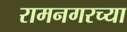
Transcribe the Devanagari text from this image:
रामनगरच्या